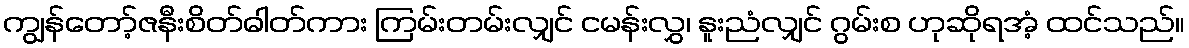
ကျွန်တော့်ဇနီးစိတ်ဓါတ်ကား ကြမ်းတမ်းလျှင် ငမန်းလွှ၊ နူးညံလျှင် ဂွမ်းစ ဟုဆိုရအံ့ ထင်သည်။